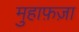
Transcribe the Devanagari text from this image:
मुहाफ़ज़ा